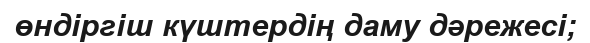
өндіргіш күштердің даму дәрежесі;